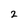
Character: 2